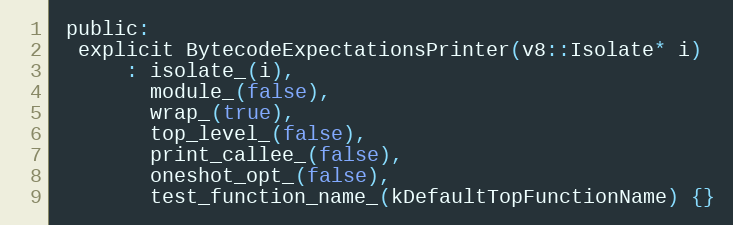
Language: C
 public:
  explicit BytecodeExpectationsPrinter(v8::Isolate* i)
      : isolate_(i),
        module_(false),
        wrap_(true),
        top_level_(false),
        print_callee_(false),
        oneshot_opt_(false),
        test_function_name_(kDefaultTopFunctionName) {}